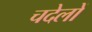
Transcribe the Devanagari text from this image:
चदेलों